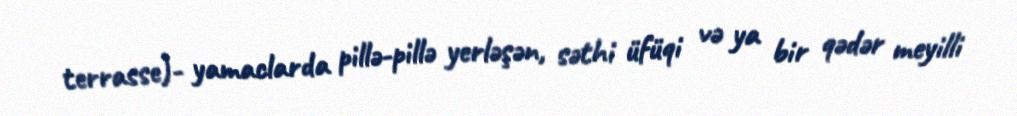
terrasse)- yamaclarda pillə-pillə yerləşən, səthi üfüqi və ya bir qədər meyilli